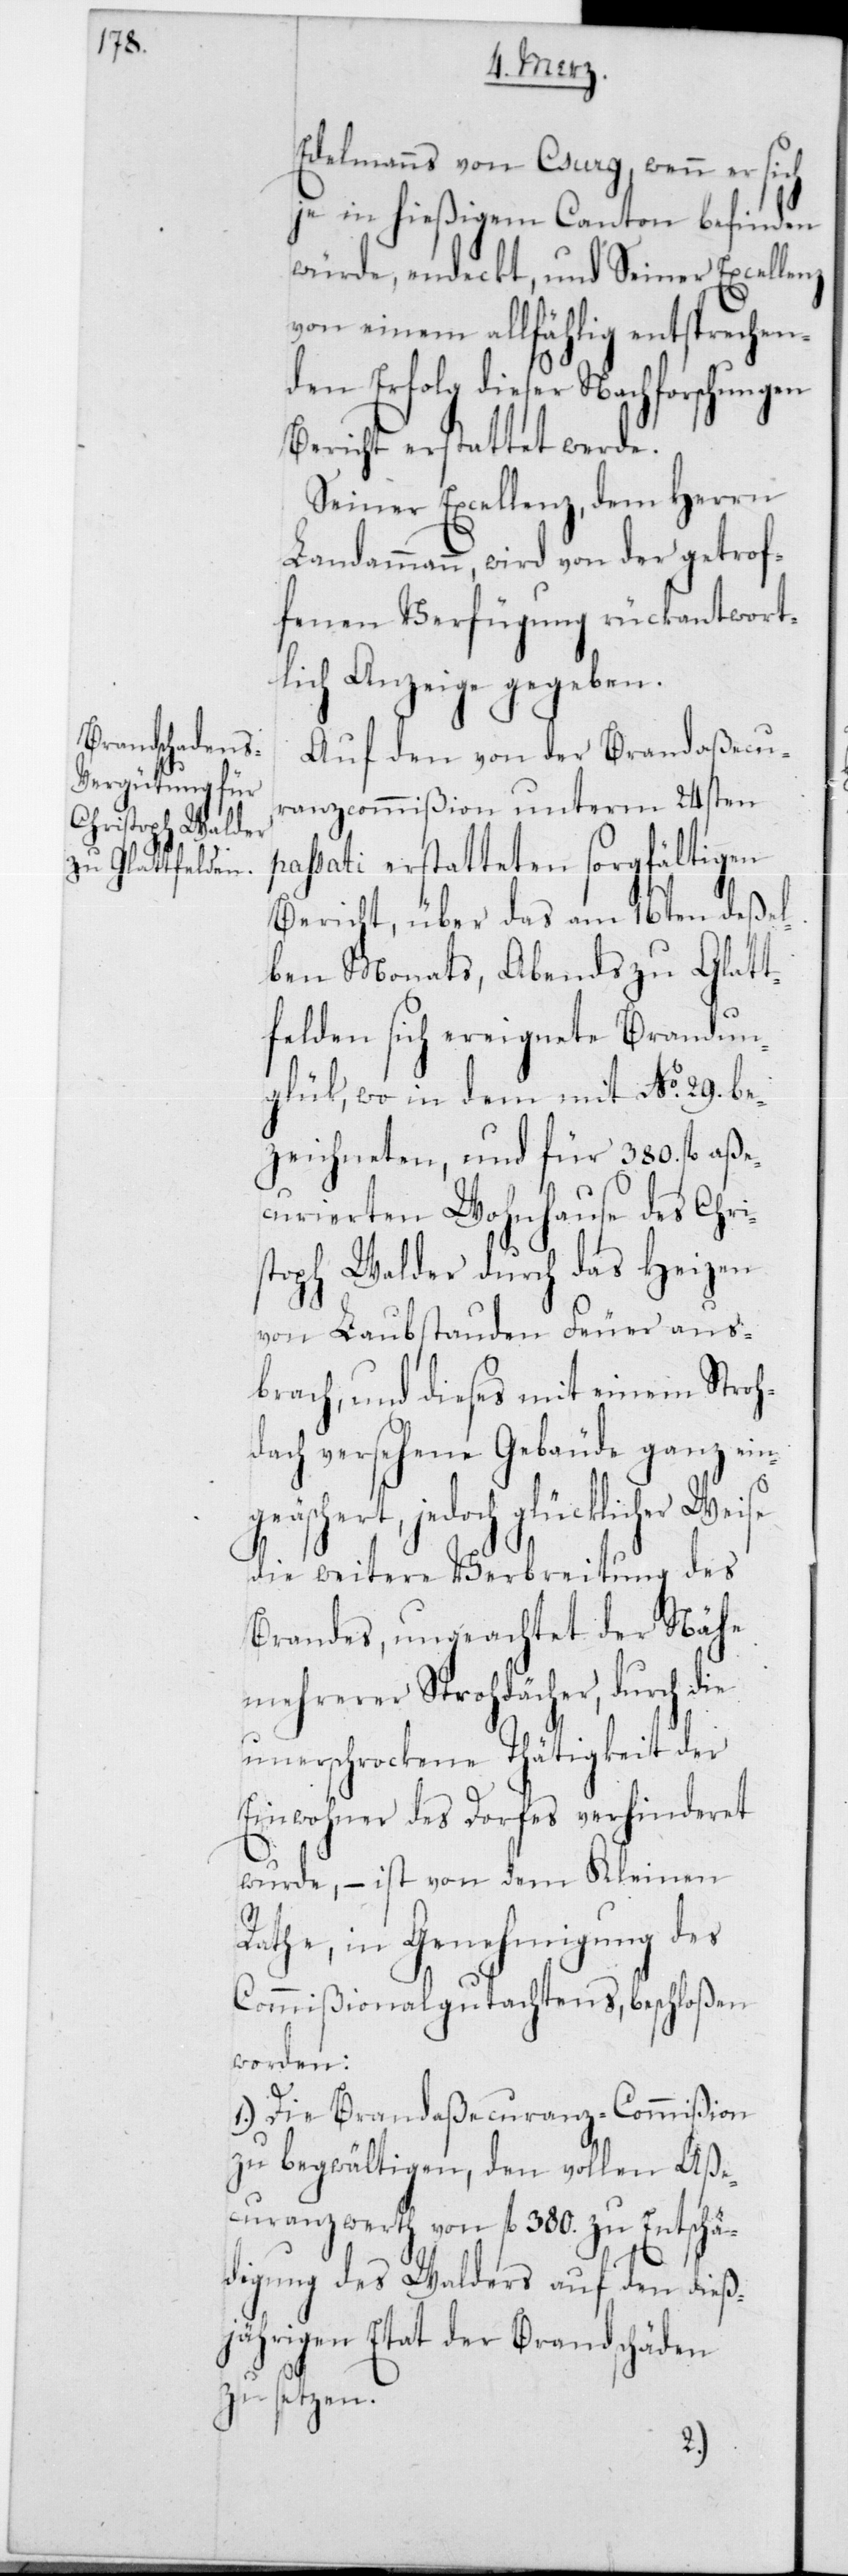
Edelmanns von Csurg, wenn er sich
je in hießigem Canton befinden
würde, entdeckt, und Seiner Excellenz
von einem allfählig entsprechen¬
den Erfolg dieser Nachforschungen
Bericht erstattet werde.
Seiner Excellenz, dem Herrn
Landammann, wird von der getrof¬
fenen Verfügung rückantwort¬
lich Anzeige gegeben.
Auf den von der Brandaßecu¬
ranzcommißion unterm 24sten
passati erstatteten sorgfältigen
Bericht, über das am 16ten deßel¬
ben Monats, Abends zu Glatt¬
felden sich ereignete Brandun¬
glück, wo in dem mit No 29 be¬
zeichneten, und für 380 fl. aße¬
curierten Wohnhause des Chri¬
stoph Walder durch das Heizen
von Laubstauden Feuer aus¬
brach, und dieses mit einem Stroh¬
dach versehene Gebäude ganz ein¬
äschert, jedoch glücklicher Weise
die weitere Verbreitung des
Brandes, ungeachtet der Nähe
mehrerer Strohdächer, durch die
unerschrockene Thätigkeit der
Einwohner des Dorfes verhinderet
wurde, – ist von dem Kleinen
ge¬
Rathe, in Genehmigung des
Commißionalgutachtens, beschloßen
worden:
1.) Die Brandaßecuranz-Commißion
zu begwältigen, den vollen Aße¬
curanzwerth von fl. 380 zu Entschä¬
digung des Walders auf den dieß¬
jährigen Etat der Brandschäden
zu setzen.